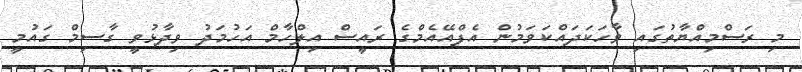
މި ރަސްމިއްޔާތުގައި ވާހަކަދައްކަވަމުން އެފްއޭއެމްގެ ރައީސް އިލްހާމް އަހުމަދު ވިދާޅުވީ ގާސިމް ގައުމީ